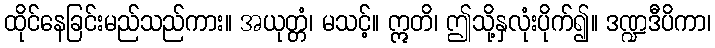
ထိုင်နေခြင်းမည်သည်ကား။ အယုတ္တံ၊ မသင့်။ ဣတိ၊ ဤသို့နှလုံးပိုက်၍။ ဒဏ္ဍဒီပိကာ၊